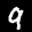
Label: 9